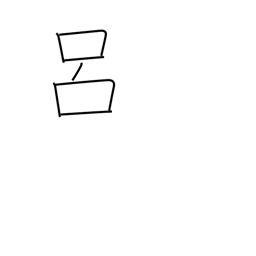
Meaning: backbone